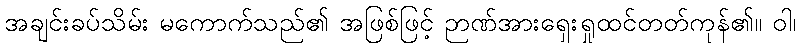
အချင်းခပ်သိမ်း မကောက်သည်၏ အဖြစ်ဖြင့် ဉာဏ်အားရှေးရှုထင်တတ်ကုန်၏။ ဝါ၊